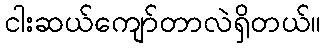
ငါးဆယ်ကျော်တာလဲရှိတယ်။